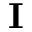
\mathbf { I }